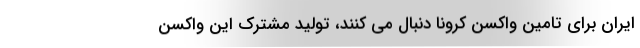
ایران برای تامین واکسن کرونا دنبال می کنند، تولید مشترک این واکسن